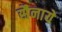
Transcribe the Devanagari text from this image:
सैनाये